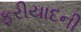
ફરીયાદની